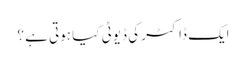
ایک ڈاکٹر کی ڈیوٹی کیا ہوتی ہے ؟